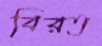
বিরত